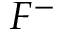
F ^ { - }